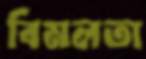
বিমলতা